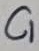
Text: C1